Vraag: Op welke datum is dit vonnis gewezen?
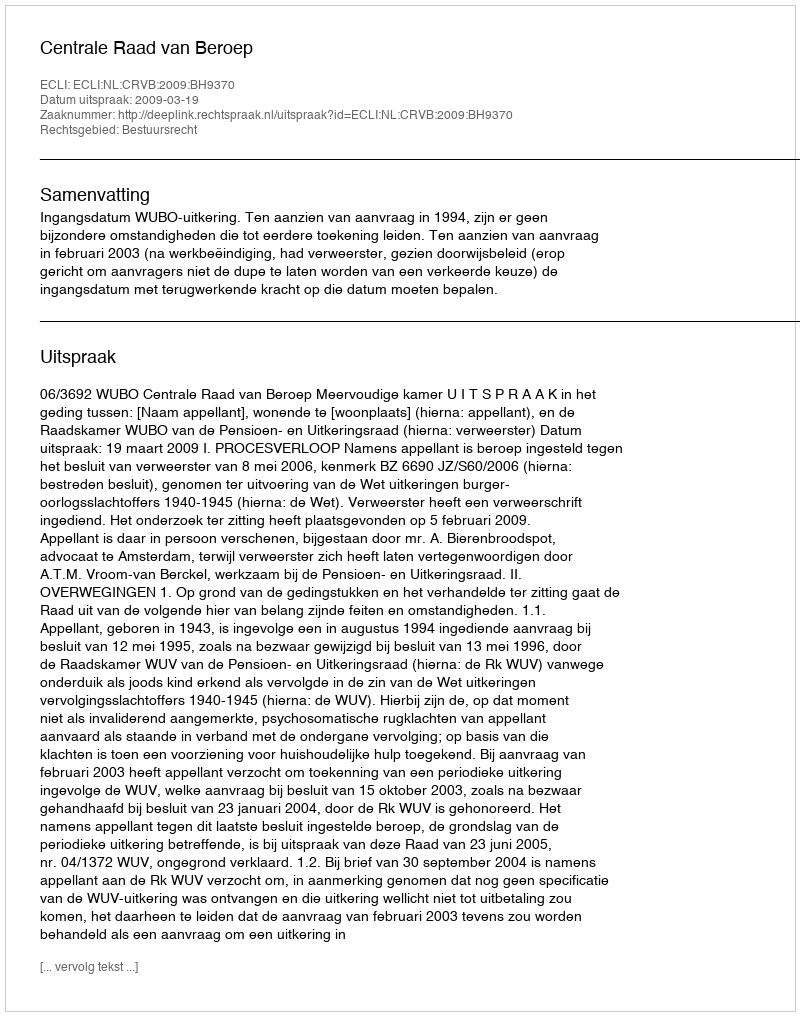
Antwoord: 2009-03-19